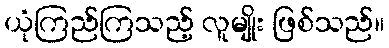
ယုံကြည်ကြသည့် လူမျိုး ဖြစ်သည်။